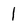
Character: 1